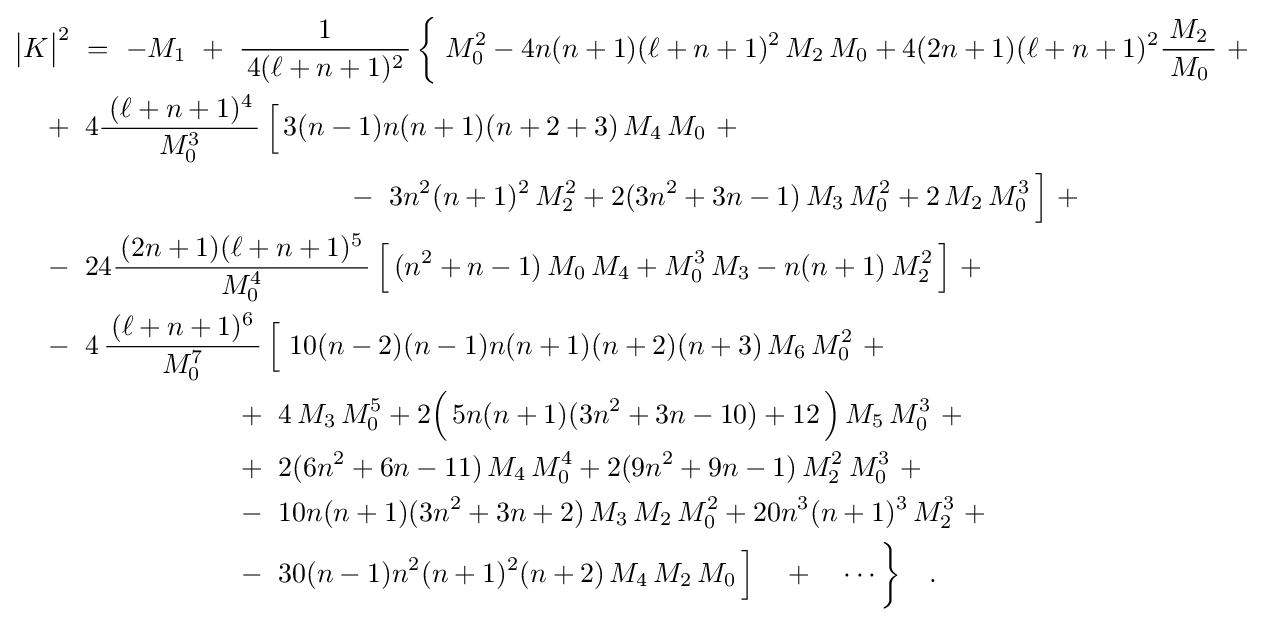
{\begin{aligned}&{\bigl |}K{\bigr |}^{2}~=~-M_{1}~+~{\frac {1}{\,4(\ell +n+1)^{2}\,}}\,{\biggl \{}\;M_{0}^{2}-4n(n+1)(\ell +n+1)^{2}\,M_{2}\,M_{0}+4(2n+1)(\ell +n+1)^{2}{\frac {M_{2}}{\;M_{0}\,}}~+\\&\quad +~4{\frac {\;(\ell +n+1)^{4}\,}{M_{0}^{3}}}\,{\Bigl [}\,3(n-1)n(n+1)(n+2+3)\,M_{4}\,M_{0}~+\\&\qquad \qquad \qquad \qquad \qquad \qquad -~3n^{2}(n+1)^{2}\,M_{2}^{2}+2(3n^{2}+3n-1)\,M_{3}\,M_{0}^{2}+2\,M_{2}\,M_{0}^{3}\,{\Bigr ]}~+\\&\quad -~24{\frac {\,(2n+1)(\ell +n+1)^{5}\,}{M_{0}^{4}}}\,{\Bigl [}\,(n^{2}+n-1)\,M_{0}\,M_{4}+M_{0}^{3}\,M_{3}-n(n+1)\,M_{2}^{2}\,{\Bigr ]}~+\\&\quad -~4\,{\frac {\,(\ell +n+1)^{6}\,}{M_{0}^{7}}}\,{\Bigl [}~10(n-2)(n-1)n(n+1)(n+2)(n+3)\,M_{6}\,M_{0}^{2}~+\\&\qquad \qquad \qquad \qquad +~4\,M_{3}\,M_{0}^{5}+2{\Bigl (}\,5n(n+1)(3n^{2}+3n-10)+12\,{\Bigr )}\,M_{5}\,M_{0}^{3}~+\\&\qquad \qquad \qquad \qquad +~2(6n^{2}+6n-11)\,M_{4}\,M_{0}^{4}+2(9n^{2}+9n-1)\,M_{2}^{2}\,M_{0}^{3}~+\\&\qquad \qquad \qquad \qquad -~10n(n+1)(3n^{2}+3n+2)\,M_{3}\,M_{2}\,M_{0}^{2}+20n^{3}(n+1)^{3}\,M_{2}^{3}~+\\&\qquad \qquad \qquad \qquad -~30(n-1)n^{2}(n+1)^{2}(n+2)\,M_{4}\,M_{2}\,M_{0}\,{\Bigr ]}\quad +\quad \cdots {\biggr \}}\quad .\end{aligned}}